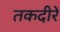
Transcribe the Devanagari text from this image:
तकदीरें